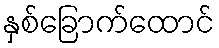
နှစ်ခြောက်ထောင်